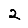
Digit: 2